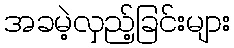
အခမဲ့လှည့်ခြင်းများ